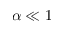
\alpha \ll 1